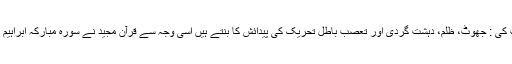
انہوں نے اپنی گفت و گو کو جاری رکھتے ہوئے وضاحت کی : جھوٹ، ظلم، دہشت گردی اور تعصب باطل تحریک کی پیدائش کا بنتے ہیں اسی وجہ سے قرآن مجید نے سورہ مبارکہ ابراہیم کی چھبیسویں آیہ میں اسے شجرہ خبیثہ سے تعبیر کیا ہے۔